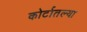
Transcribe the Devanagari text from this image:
कोर्टातल्या